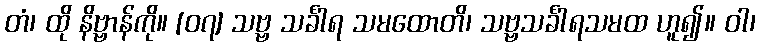
တံ၊ ထို နိဗ္ဗာန်ကို။ [၀၇] သဗ္ဗ သင်္ခါရ သမထောတိ၊ သဗ္ဗသင်္ခါရသမထ ဟူ၍။ ဝါ၊